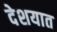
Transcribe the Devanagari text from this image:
देशयात